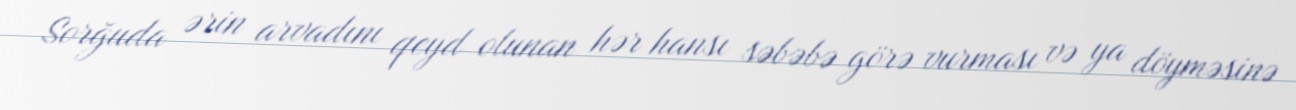
Sorğuda ərin arvadını qeyd olunan hər hansı səbəbə görə vurması və ya döyməsinə